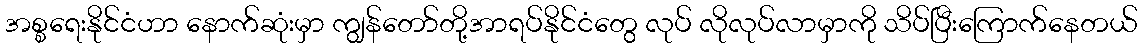
အစ္စရေးနိုင်ငံဟာ နောက်ဆုံးမှာ ကျွန်တော်တို့အာရပ်နိုင်ငံတွေ လုပ် လိုလုပ်လာမှာကို သိပ်ပြီးကြောက်နေတယ်